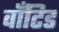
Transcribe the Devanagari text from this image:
वाँटिड